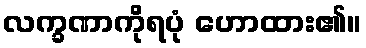
လက္ခဏာကိုရပုံ ဟောထား၏။